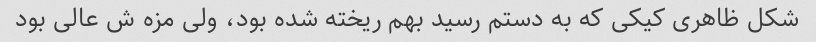
شکل ظاهری کیکی که به دستم رسید بهم ریخته شده بود، ولی مزه ش عالی بود